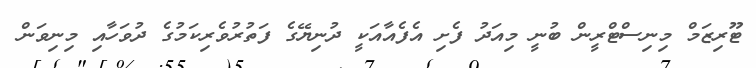
ޓޫރިޒަމް މިނިސްޓްރީން ބުނީ މިއަދު ފެށި އެފެއާއަކީ ދުނިޔޭގެ ފަތުރުވެރިކަމުގެ ދުވަހާއި މިނިވަން